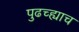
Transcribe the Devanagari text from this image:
पुढच्ह्याच